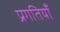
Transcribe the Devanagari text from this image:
प्रगतियाँ